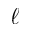
\ell